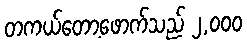
တကယ်တော့ဖောက်သည် ၂,၀၀၀